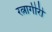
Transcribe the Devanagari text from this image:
रत्नागीरी